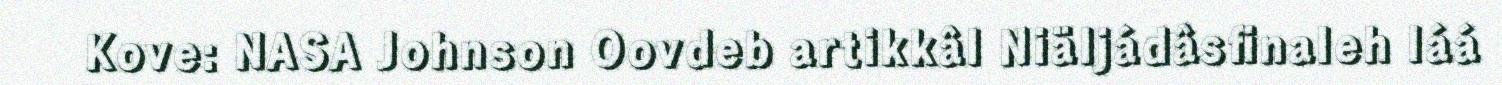
Kove: NASA Johnson Oovdeb artikkâl Niäljádâsfinaleh láá